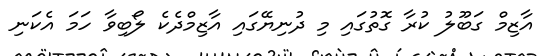
އާޒިމް ގަބޫލު ކުރާ ގޮތުގައި މި ދުނިޔޭގައި އާޒިމްދެކެ ލޯބިވާ ހަމަ އެކަނި